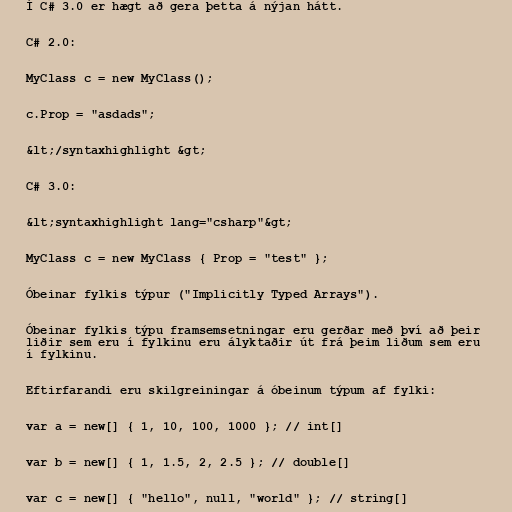
Í C# 3.0 er hægt að gera þetta á nýjan hátt.

C# 2.0:

MyClass c = new MyClass();

c.Prop = "asdads";

&lt;/syntaxhighlight &gt;

C# 3.0:

&lt;syntaxhighlight lang="csharp"&gt;

MyClass c = new MyClass { Prop = "test" };

Óbeinar fylkis týpur ("Implicitly Typed Arrays").

Óbeinar fylkis týpu framsemsetningar eru gerðar með því að þeir
liðir sem eru í fylkinu eru ályktaðir út frá þeim liðum sem eru
í fylkinu.

Eftirfarandi eru skilgreiningar á óbeinum týpum af fylki:

var a = new[] { 1, 10, 100, 1000 }; // int[]

var b = new[] { 1, 1.5, 2, 2.5 }; // double[]

var c = new[] { "hello", null, "world" }; // string[]